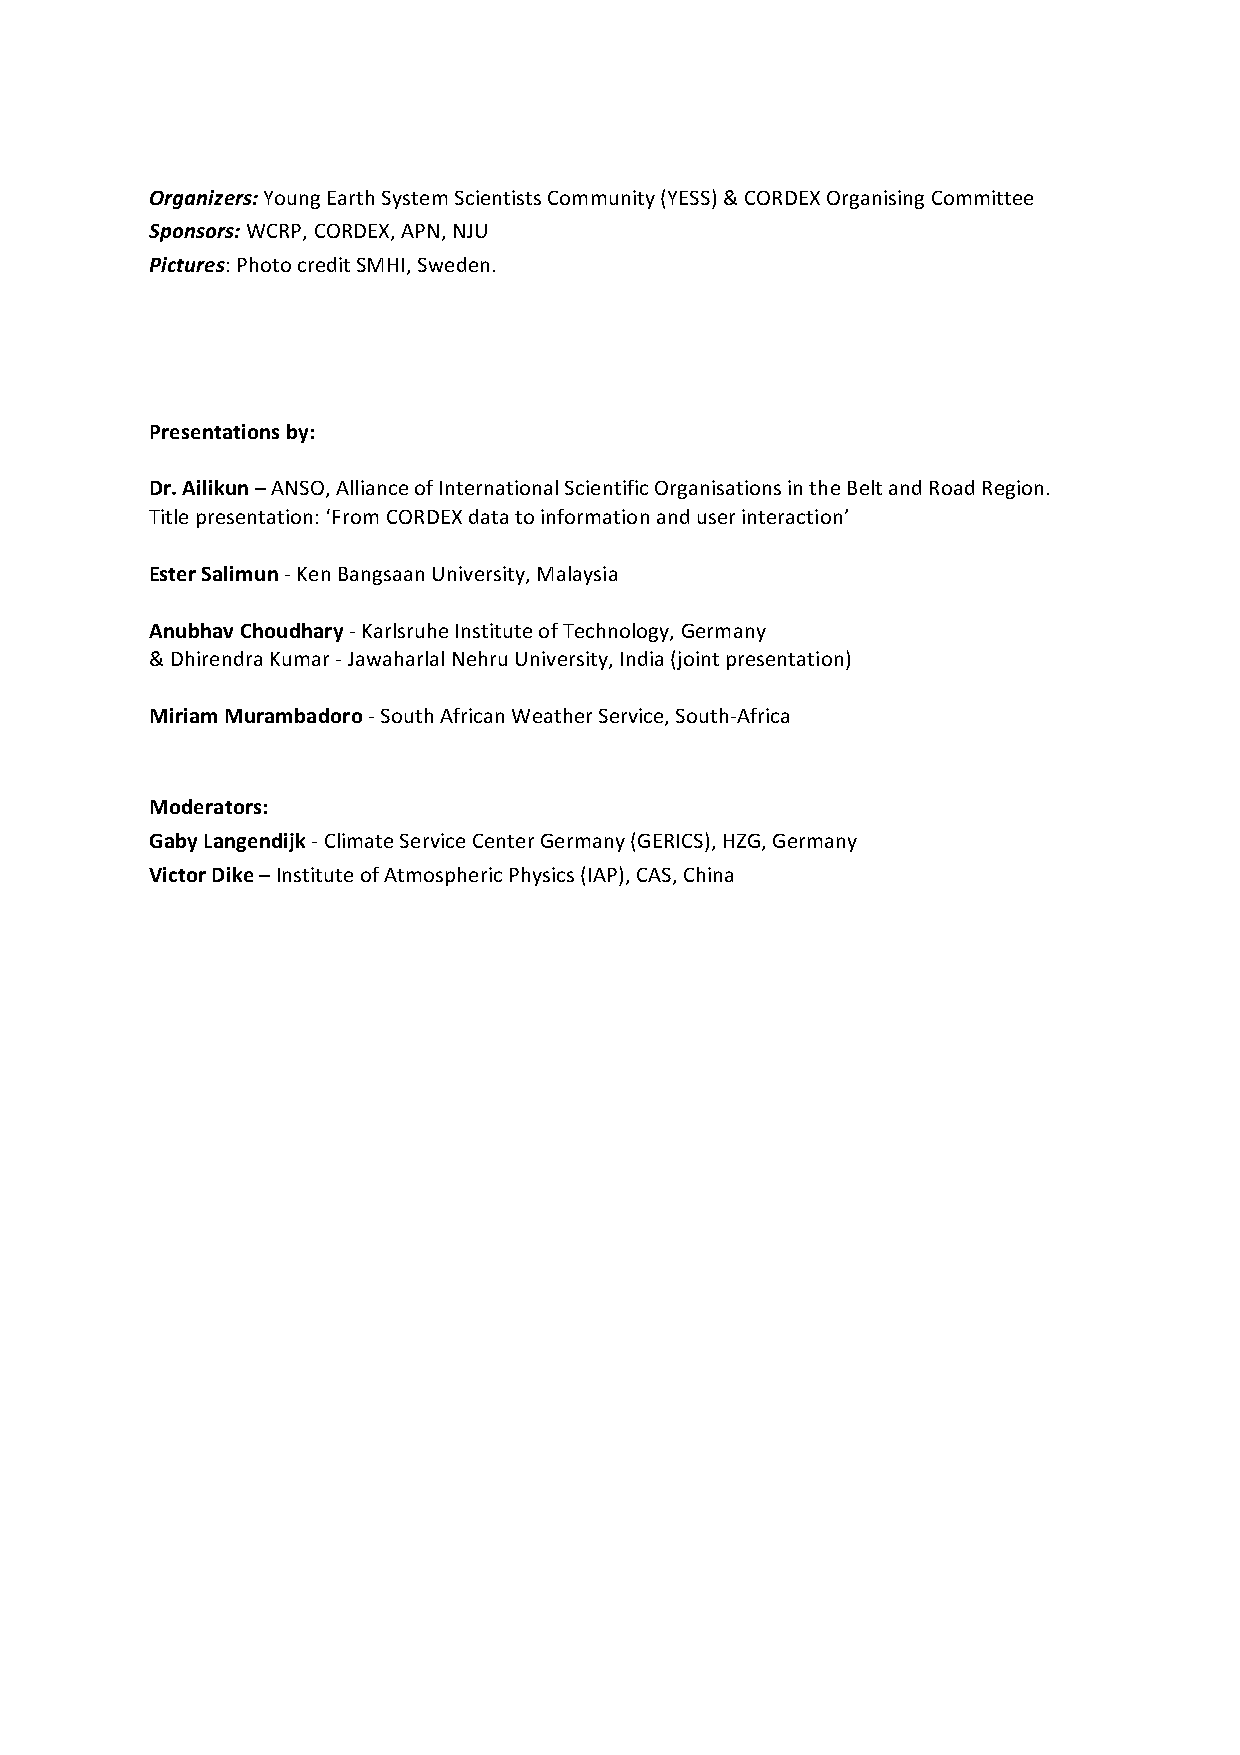
Organizers: Young Earth System Scientists Community (YESS) & CORDEX Organising Committee
 Sponsors: WCRP, CORDEX, APN, NJU
 Pictures: Photo credit SMHI, Sweden.
 Presentations by:
 Dr. Ailikun – ANSO, Alliance of International Scientific Organisations in the Belt and Road Region.
 Title presentation: ‘From CORDEX data to information and user interaction’
 Ester Salimun - Ken Bangsaan University, Malaysia
 Anubhav Choudhary - Karlsruhe Institute of Technology, Germany
 & Dhirendra Kumar - Jawaharlal Nehru University, India (joint presentation)
 Miriam Murambadoro - South African Weather Service, South-Africa
 Moderators:
 Gaby Langendijk - Climate Service Center Germany (GERICS), HZG, Germany
 Victor Dike – Institute of Atmospheric Physics (IAP), CAS, China